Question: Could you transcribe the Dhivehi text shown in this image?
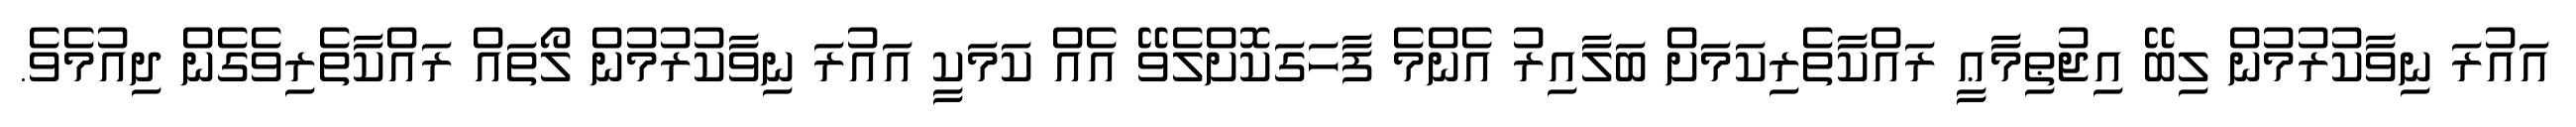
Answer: އައުރަ ނިވާކުރުމުން ލިބޭ އިޖުޠިމާޢީ ރައްކާތެރިކަމަށް ބަލާއިރު އެންމެ ފާހަގަކޮށްލެވޭ އެއް ކަމަކީ އައުރަ ނިވާކުރުމުން ލޯތައް ރައްކާތެރިވެގެން ދިއުމެވެ.